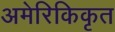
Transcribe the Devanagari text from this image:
अमेरिकिकृत